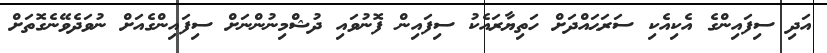
އަދި ސިފައިންގެ އެކިއެކި ސަރަޙައްދަށް ހަތިޔާރައެކު ސިފައިން ފޮނުވައި ދުޝްމިނުންނަށް ސިފައިންގެއަށް ނުވަދެވޭނެގޮތަށް